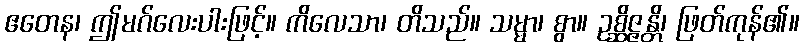
ဧတေန၊ ဤမဂ်လေးပါးဖြင့်။ ကိလေသာ၊ တိသည်။ သမ္မာ၊ စွာ။ ဥစ္ဆိဇ္ဇန္တိ၊ ဖြတ်ကုန်၏။